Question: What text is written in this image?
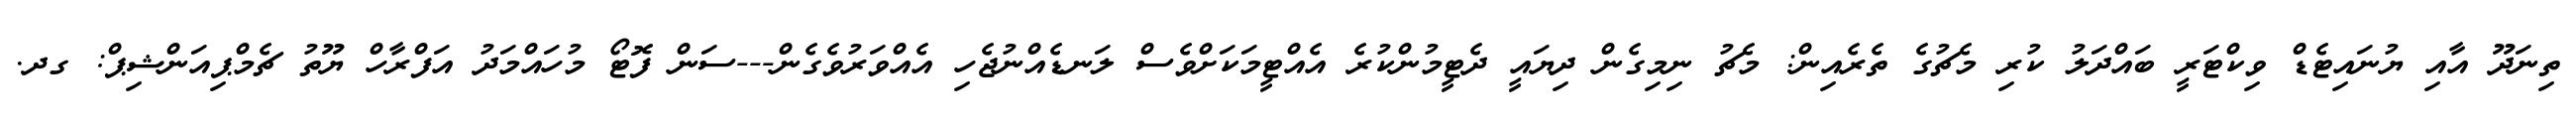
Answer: ތިނަދޫ އާއި ޔުނައިޓެޑް ވިކްޓަރީ ބައްދަލު ކުރި މެޗުގެ ތެރެއިން: މެޗު ނިމިގެން ދިޔައީ ދެޓީމުންކުރެ އެއްޓީމަކަށްވެސް ލަނޑެއްނުޖެހި އެއްވަރުވެގެން---ސަން ފޮޓޯ މުހައްމަދު އަފްރާހް ޔޫތު ޗެމްޕިއަންޝިޕް: ގދ.